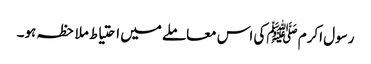
رسول اکرم ﷺکی اس معاملے میں احتیاط ملاحظہ ہو۔